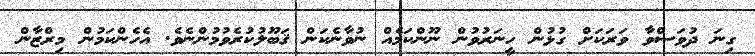
ގިނަ ދުވަސްވާ ވަރަކަށް ގުޅުން ހީނަރުވުން ނޫންކަމެއް ނުވާނެކަން ޤަބޫލުކުރެވުމުންނެވެ. އެހެންކަމުން މިރްޒާން